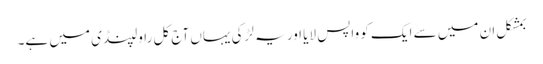
بمشکل ان میں سے ایک کو واپس لایا اور یہ لڑکی یہاں آج کل راولپنڈی میں ہے۔